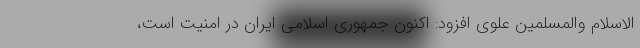
الاسلام والمسلمین علوی افزود: اکنون جمهوری اسلامی ایران در امنیت است،